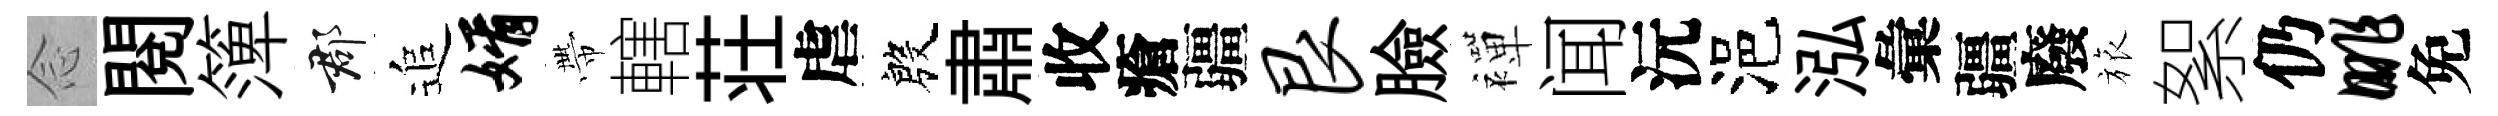
𫝹閲𥱼郡追婿帶轄荘虐殷肅收瘡疆艮臉襌闻沅浥泓彙疆廢旅絮仍眺免